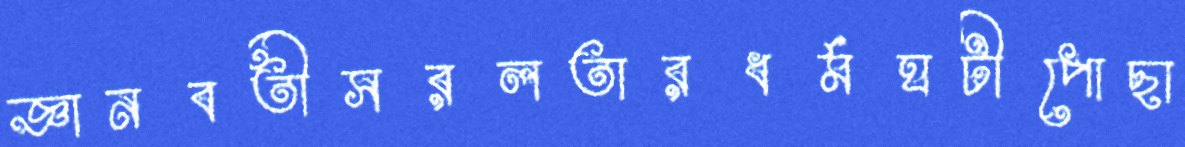
জ্ঞানবতীসরলতারধর্মঘটীপোছা